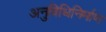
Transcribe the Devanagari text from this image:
अनुविधिनिर्माण